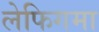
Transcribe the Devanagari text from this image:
लेफिगमा